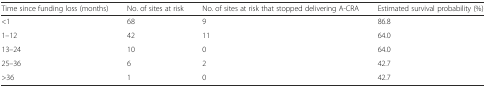
| Time since funding loss (months) | No. of sites at risk | No. of sites at risk that stopped delivering A-CRA | Estimated survival probability (%) |
 | --- | --- | --- | --- |
 | <1 | 68 | 9 | 86.8 |
 | 1–12 | 42 | 11 | 64.0 |
 | 13–24 | 10 | 0 | 64.0 |
 | 25–36 | 6 | 2 | 42.7 |
 | >36 | 1 | 0 | 42.7 |